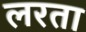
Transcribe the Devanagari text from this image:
लरता